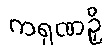
ကရုဏဉှိ